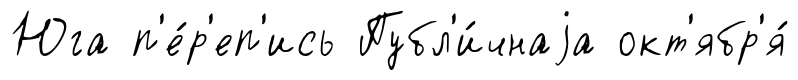
Юга п'е́р'еп'ись Публ'и́чнаjа окт'ябр'я́